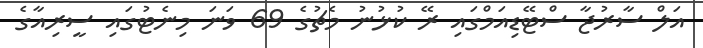
އަލް ސާރުޖާ ސްޓޭޑިއަމްގައި ރޭ ކުޅުނު މެޗުގެ 69 ވަނަ މިނެޓުގައި ސީރިއާގެ